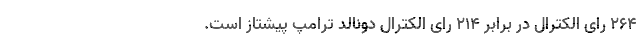
۲۶۴ رای الکترال در برابر ۲۱۴ رای الکترال دونالد ترامپ پیشتاز است.